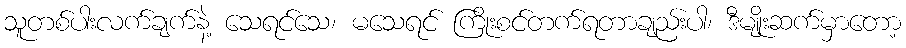
သူတစ်ပါးလက်ချက်နဲ့ သေရင်သေ၊ မသေရင် ကြိုးစင်တက်ရတာချည်းပါ၊ ဒီမျိုးဆက်မှာတော့